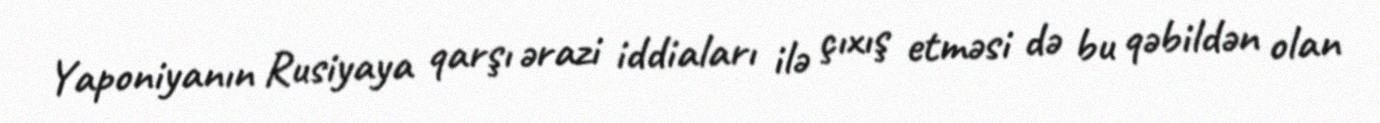
Yaponiyanın Rusiyaya qarşı ərazi iddiaları ilə çıxış etməsi də bu qəbildən olan